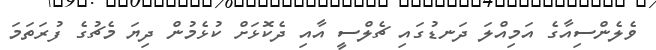
ވެލެންސިއާގެ އަމިއްލަ ދަނޑުގައި ޗެލްސީ އާއި ދެކޮޅަށް ކުޅެމުން ދިޔަ މެޗުގެ ފުރަތަމަ